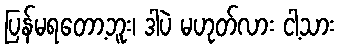
ပြန်မရတော့ဘူး၊ ဒါပဲ မဟုတ်လား ငါ့သား